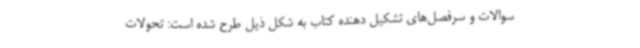
سوالات و سرفصل‌های تشکیل دهنده کتاب به شکل ذیل طرح شده است: تحولات